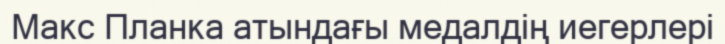
Макс Планка атындағы медалдің иегерлері